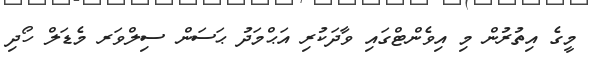
މީގެ އިތުރުން މި އިވެންޓްގައި ވާދަކުރި އަޙްމަދު ޙަސަން ސިލްވަރ މެޑަލް ހޯދި